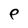
Character: e